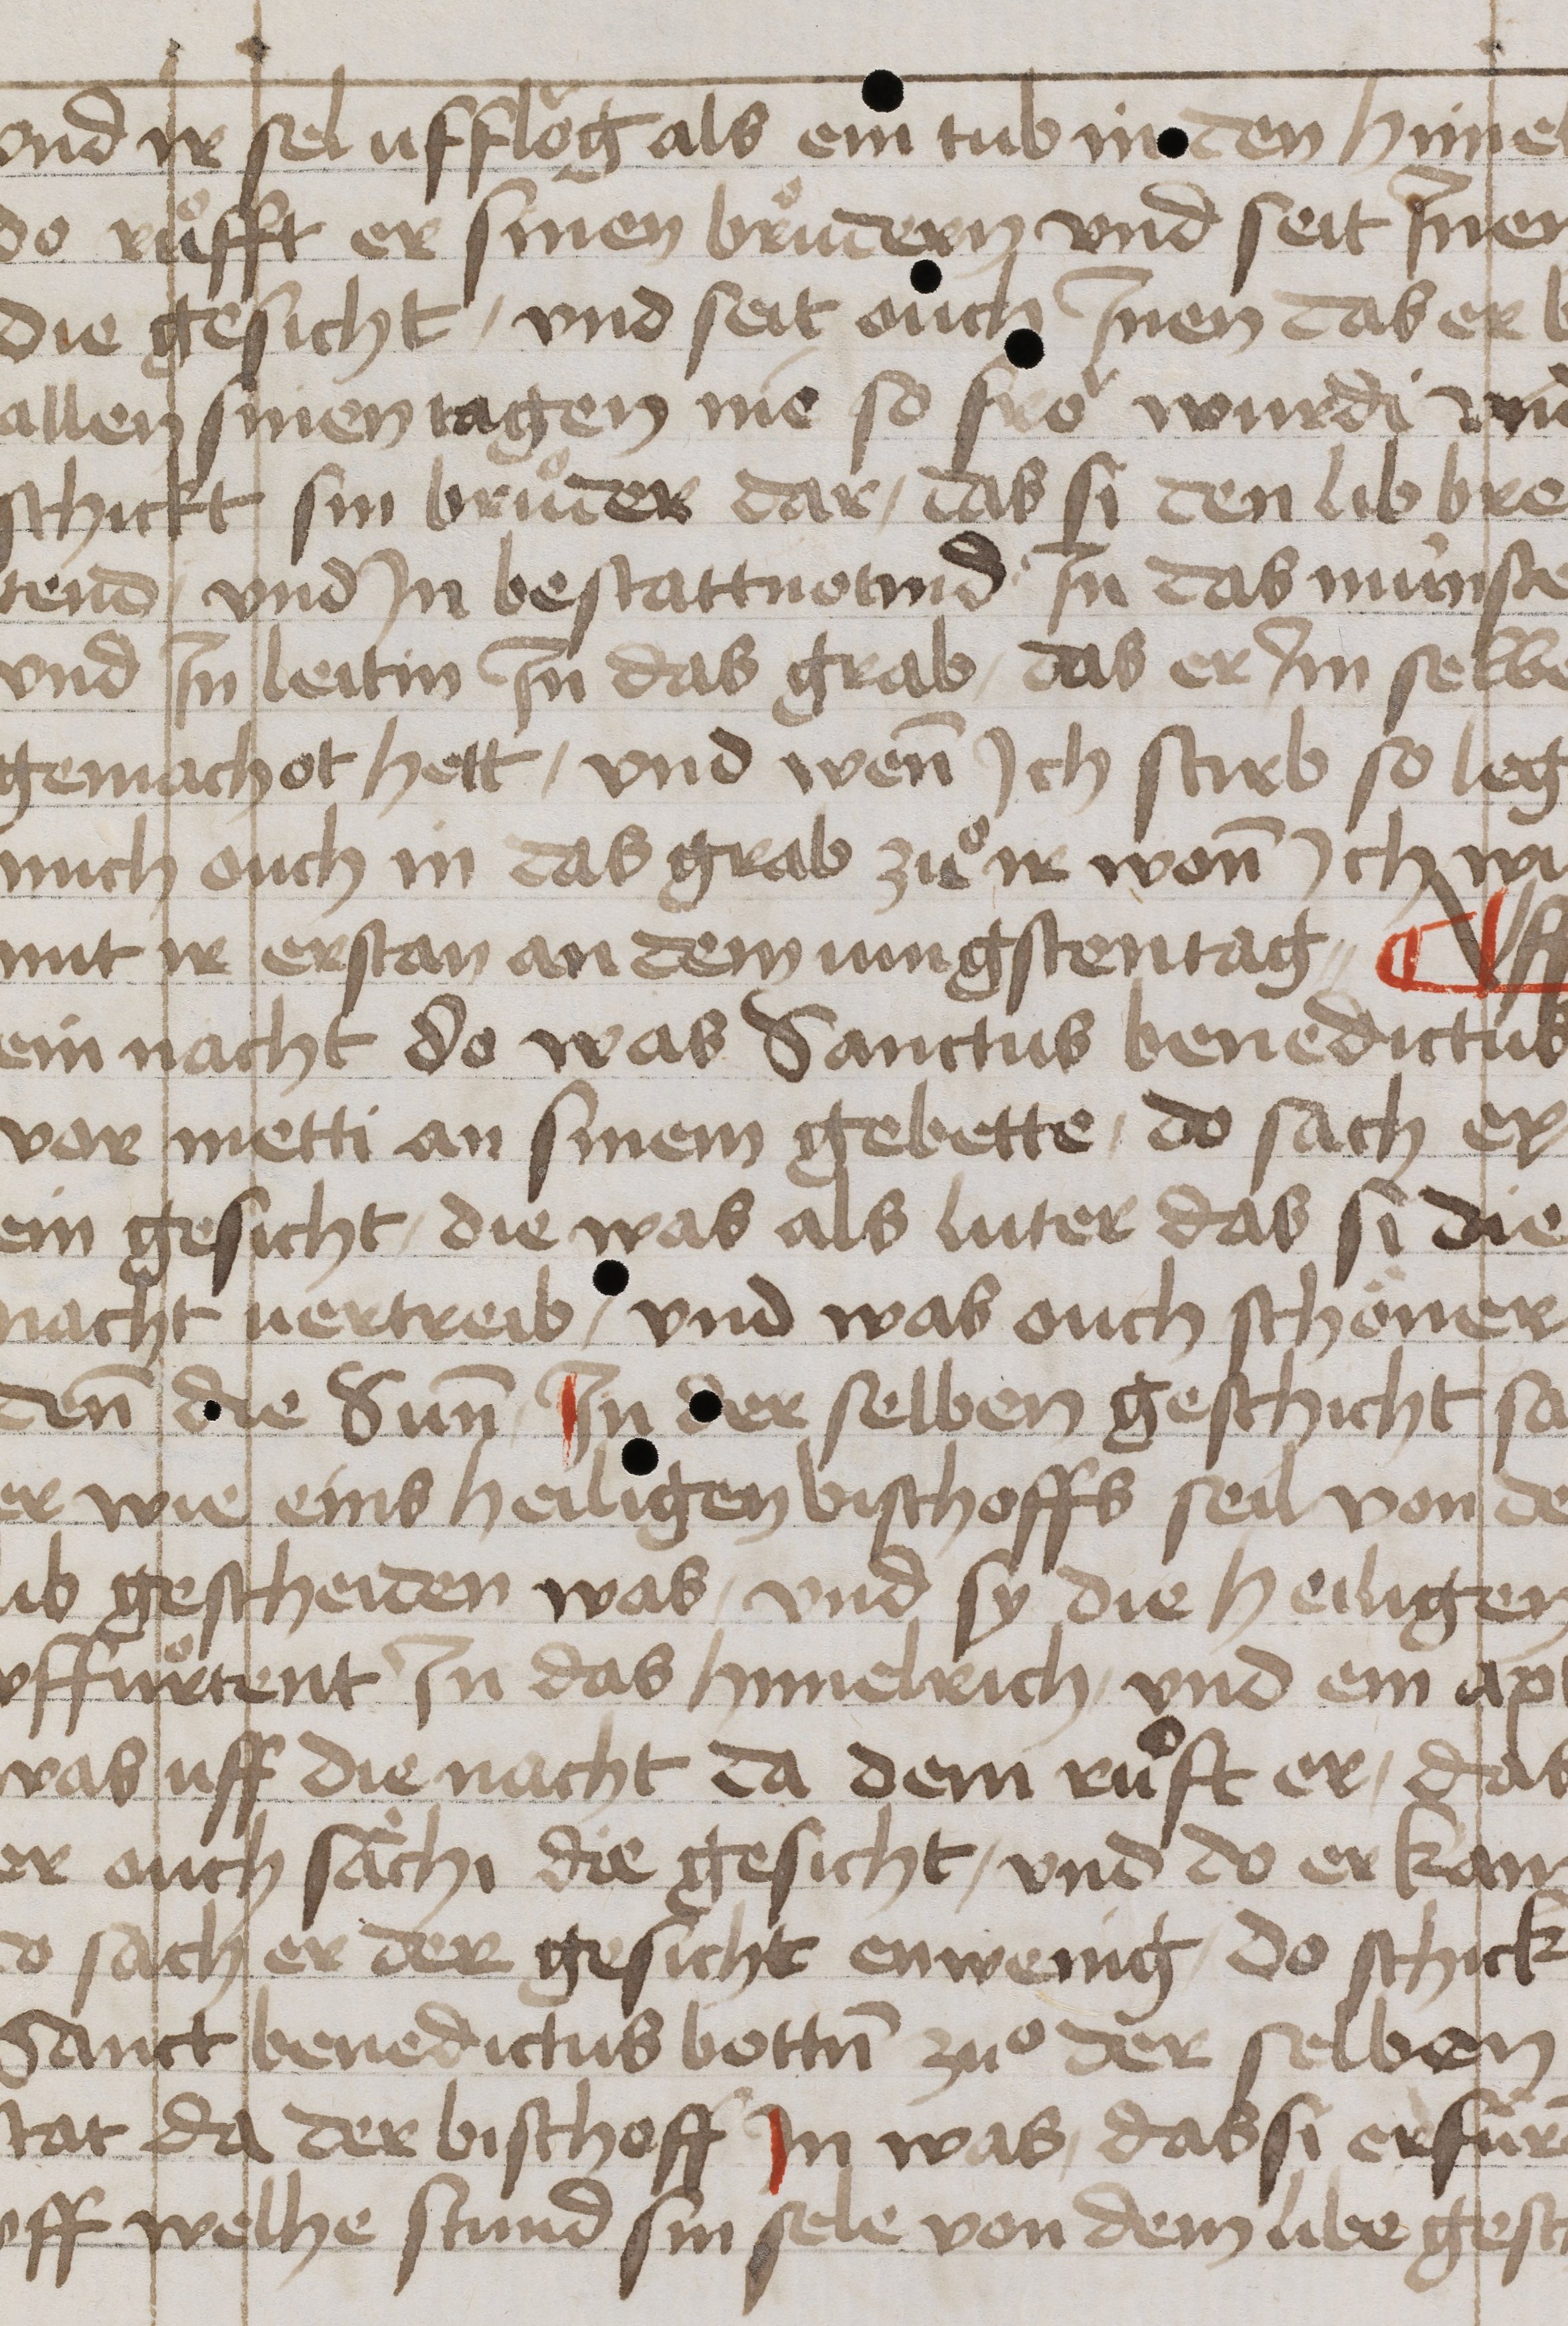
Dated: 1400–1499